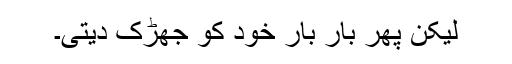
لیکن پھر بار بار خود کو جھڑک دیتی۔